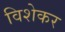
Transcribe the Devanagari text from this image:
विशेकर